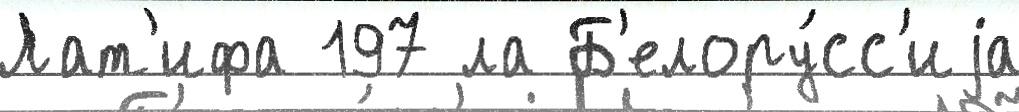
Лат'ифа 197 ла Б'елору́сс'иjа